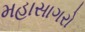
મહાસાગરો